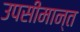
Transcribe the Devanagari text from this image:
उपसीमान्त